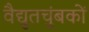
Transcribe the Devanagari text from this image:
वैद्युतचुंबकों